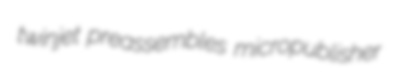
twinjet preassembles micropublisher